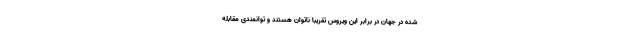
شده در جهان در برابر این ویروس تقریباً ناتوان هستند و توانمندی مقابله